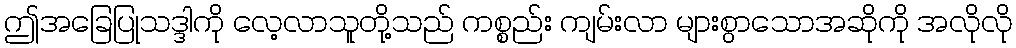
ဤအခြေပြုသဒ္ဒါကို လေ့လာသူတို့သည် ကစ္စည်း ကျမ်းလာ များစွာသောအဆိုကို အလိုလို